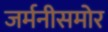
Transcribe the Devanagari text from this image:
जर्मनीसमोर